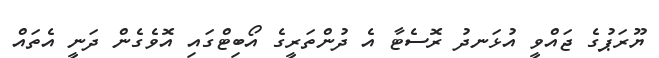
ޔޫރަޕުގެ ޖައްވީ އުޅަނދު ރޮސެޓާ އެ ދުންތަރީގެ އޯބިޓްގައި އޮވެގެން ދަނީ އެތައް